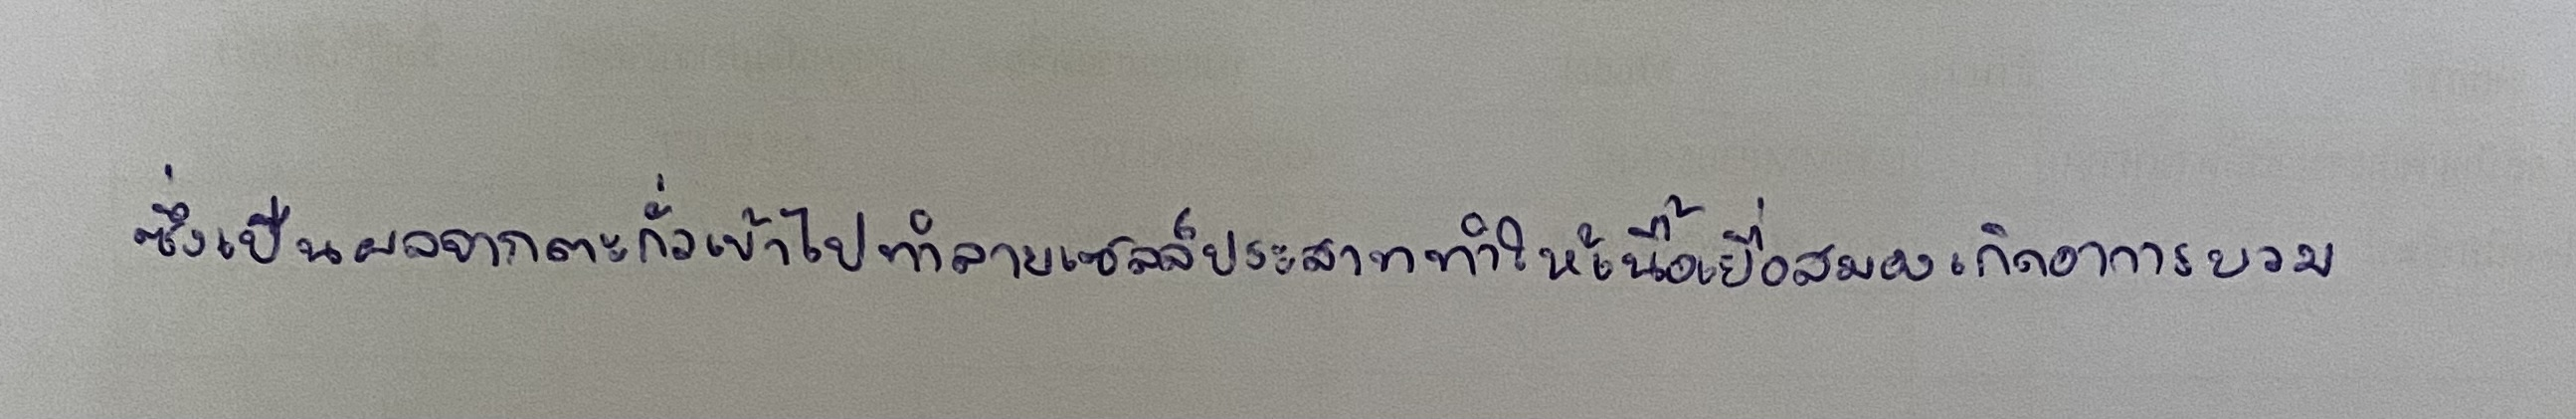
ซึ่งเป็นผลจากตะกั่วเข้าไปทำลายเซลล์ประสาททำให้เนื้อเยื่อสมองเกิดอาการบวม